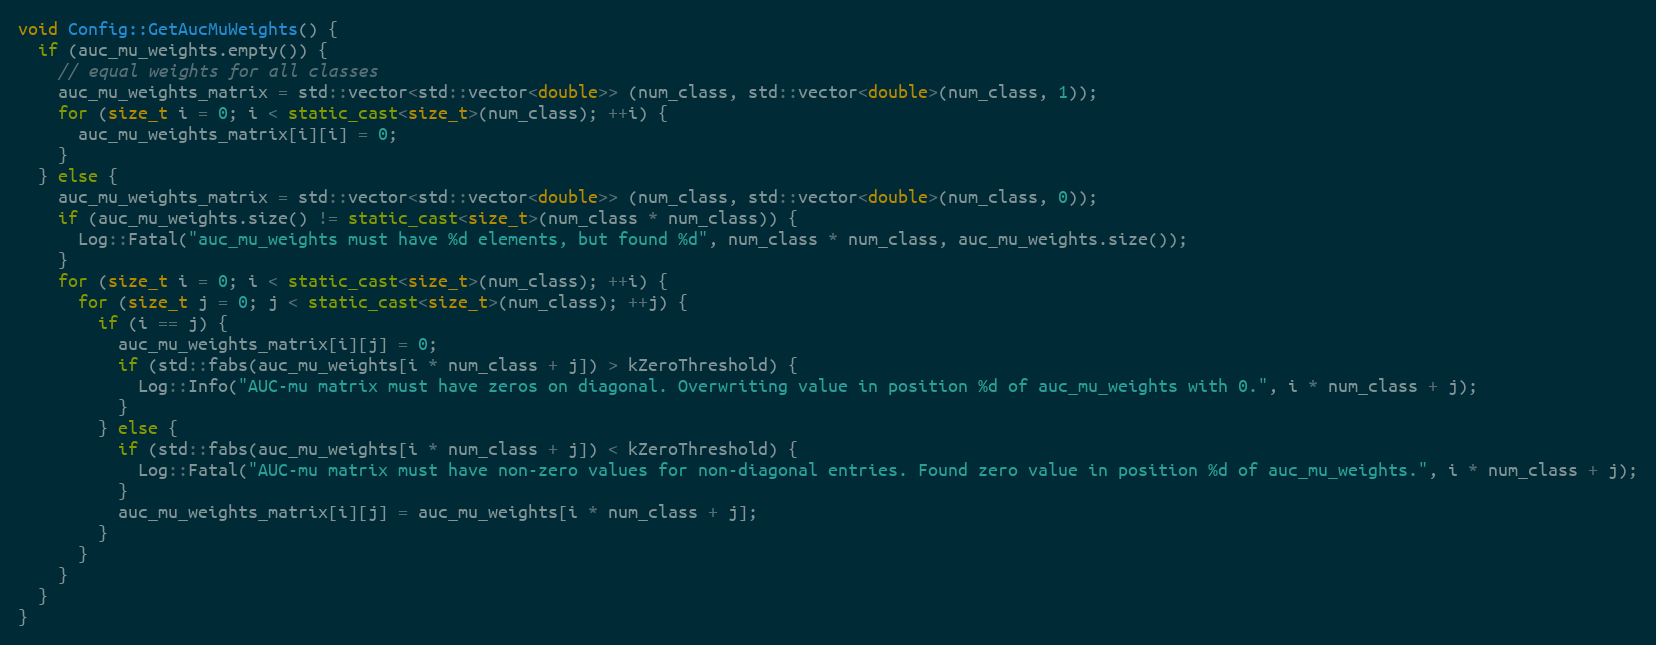
Language: C++
void Config::GetAucMuWeights() {
  if (auc_mu_weights.empty()) {
    // equal weights for all classes
    auc_mu_weights_matrix = std::vector<std::vector<double>> (num_class, std::vector<double>(num_class, 1));
    for (size_t i = 0; i < static_cast<size_t>(num_class); ++i) {
      auc_mu_weights_matrix[i][i] = 0;
    }
  } else {
    auc_mu_weights_matrix = std::vector<std::vector<double>> (num_class, std::vector<double>(num_class, 0));
    if (auc_mu_weights.size() != static_cast<size_t>(num_class * num_class)) {
      Log::Fatal("auc_mu_weights must have %d elements, but found %d", num_class * num_class, auc_mu_weights.size());
    }
    for (size_t i = 0; i < static_cast<size_t>(num_class); ++i) {
      for (size_t j = 0; j < static_cast<size_t>(num_class); ++j) {
        if (i == j) {
          auc_mu_weights_matrix[i][j] = 0;
          if (std::fabs(auc_mu_weights[i * num_class + j]) > kZeroThreshold) {
            Log::Info("AUC-mu matrix must have zeros on diagonal. Overwriting value in position %d of auc_mu_weights with 0.", i * num_class + j);
          }
        } else {
          if (std::fabs(auc_mu_weights[i * num_class + j]) < kZeroThreshold) {
            Log::Fatal("AUC-mu matrix must have non-zero values for non-diagonal entries. Found zero value in position %d of auc_mu_weights.", i * num_class + j);
          }
          auc_mu_weights_matrix[i][j] = auc_mu_weights[i * num_class + j];
        }
      }
    }
  }
}